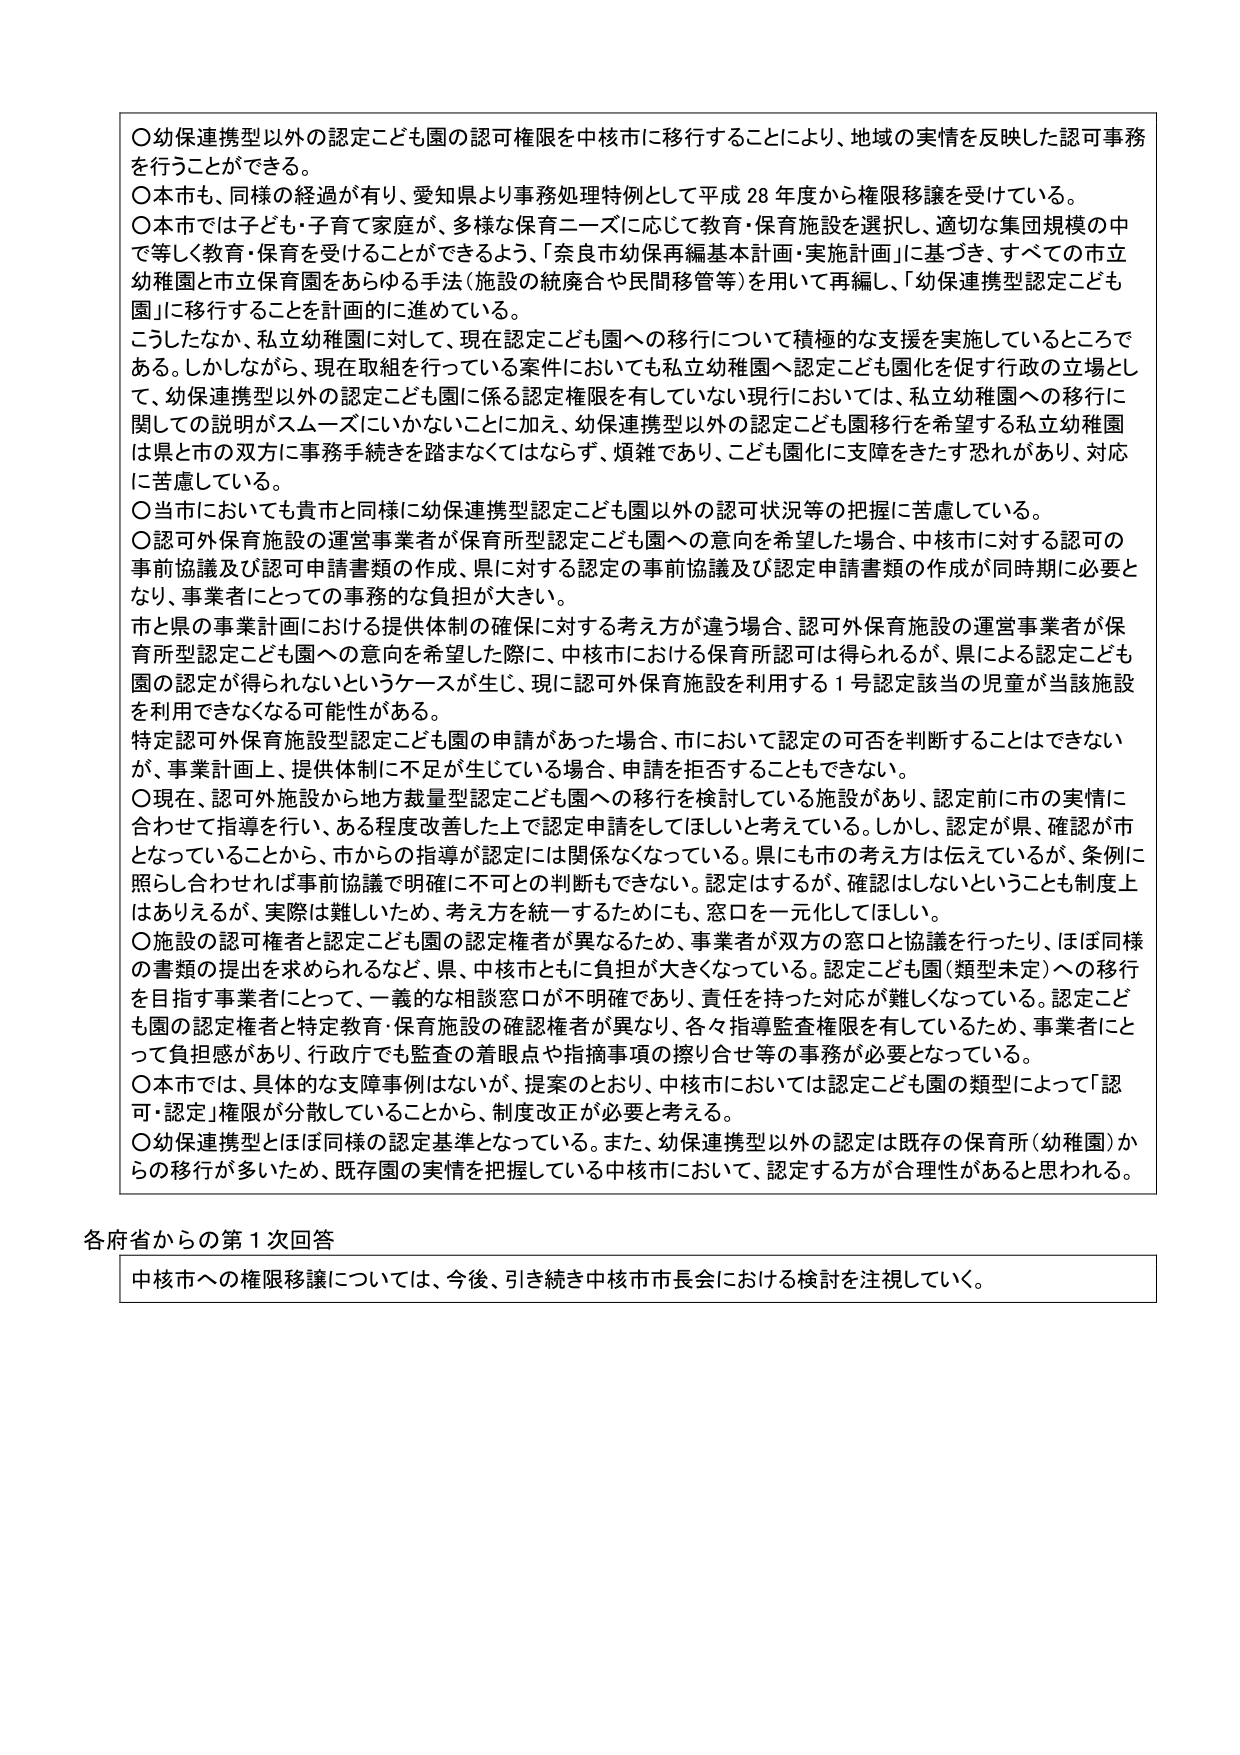
〇幼保連携型以外の認定こども園の認可権限を中核市に移行することにより、地域の実情を反映した認可事務を行うことができる。
〇本市も、同様の経過が有り、愛知県より事務処理特例として平成28年度から権限移譲を受けている。
〇本市では子ども・子育て家庭が、多様な保育ニーズに応じて教育・保育施設を選択し、適切な集団規模の中で等しく教育・保育を受けることができるよう、「奈良市幼保再編基本計画・実施計画」に基づき、すべての市立幼稚園と市立保育園をあらゆる手法（施設の統廃合や民間移管等）を用いて再編し、「幼保連携型認定こども園」に移行することを計画的に進めている。
こうしたなか、私立幼稚園に対して、現在認定こども園への移行について積極的な支援を実施しているところである。しかしながら、現在取組を行っている案件においても私立幼稚園へ認定こども園化を促す行政の立場として、幼保連携型以外の認定こども園に係る認定権限を有していない現行においては、私立幼稚園への移行に関しての説明がスムーズにいかないことになに加え、幼保連携型以外の認定こども園移行を希望する私立幼稚園は県と市の双方に事務手続きを踏まなくてはならず、煩雑であり、こども園化に支障をきたす恐れがあり、対応に苦慮している。
〇当市においても貴市と同様に幼保連携型認定こども園以外の認可状況等の把握に苦慮している。
〇認可外保育施設の運営事業者が保育所認定こども園への意向を希望した場合、中核市に対する認可の事前協議及び認可申請書類の作成、県に対する認定の事前協議及び認定申請書類の作成が同時期に必要となり、事業者にとっての事務的な負担が大きい。
市と県の事業計画における提供体制の確保に対する考え方が違う場合、認可外保育施設の運営事業者が保育所認定こども園への意向を希望した際に、中核市における保育所認可是得られるが、県による認定こども園の認定が得られないというケースが生じ、現に認可外保育施設を利用する1号認定該当の児童が当該施設を利用できなくなる可能性がある。
特定認可外保育施設型認定こども園の申請があった場合、市において認定の可否を判断することはできないが、事業計画上、提供体制に不足が生じている場合、申請を拒否することもできない。
〇現在、認可外施設から地方裁量型認定こども園への移行を検討している施設があり、認定前に市の実情に合わせて指導を行い、ある程度改善した上で認定申請をしてほしいと考えている。しかし、認定が県、確認が市となっていることから、市からの指導が認定には関係なくなっている。県にも市の考え方は伝えているが、条例に照らし合わせれば事前協議で明確に不可との判断もできない。認定はするが、確認はしないということも制度上はありえるが、実際は難しいため、考え方を統一するためにも、窓口を一元化してほしい。
〇施設の認可権者と認定こども園の認定権者が異なるため、事業者が双方の窓口と協議を行ったり、ほぼ同様の書類の提出を求められるなど、県、中核市ともに負担が大きくなっている。認定こども園（類型未定）への移行を目指す事業者にとって、一義的な相談窓口が不明確であり、責任を持った対応が難しくなっている。認定こども園の認定権者と特定教育・保育施設の確認権者が異なり、各々指導監査権限を有しているため、事業者にとって負担感があり、行政でも監査の着眼点や指摘事項の擦り合わせ等の事務が必要となっている。
〇本市では、具体的な支障事例はないが、提案のとおり、中核市においては認定こども園の類型によって「認可・認定」権限が分散していることから、制度改正が必要と考える。
〇幼保連携型とはほぼ同様の認定基準となっている。また、幼保連携型以外の認定は既存の保育所（幼稚園）からの移行が多いため、既存園の実情を把握している中核市において、認定する方が合理性があると思われる。

各府省からの第1次回答
中核市への権限移譲については、今後、引き続き中核市市長会における検討を注視していく。